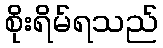
စိုးရိမ်ရသည်